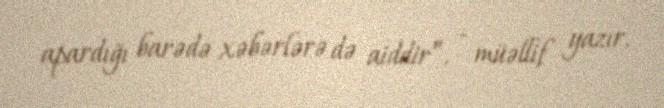
apardığı barədə xəbərlərə də aiddir”, - müəllif yazır.